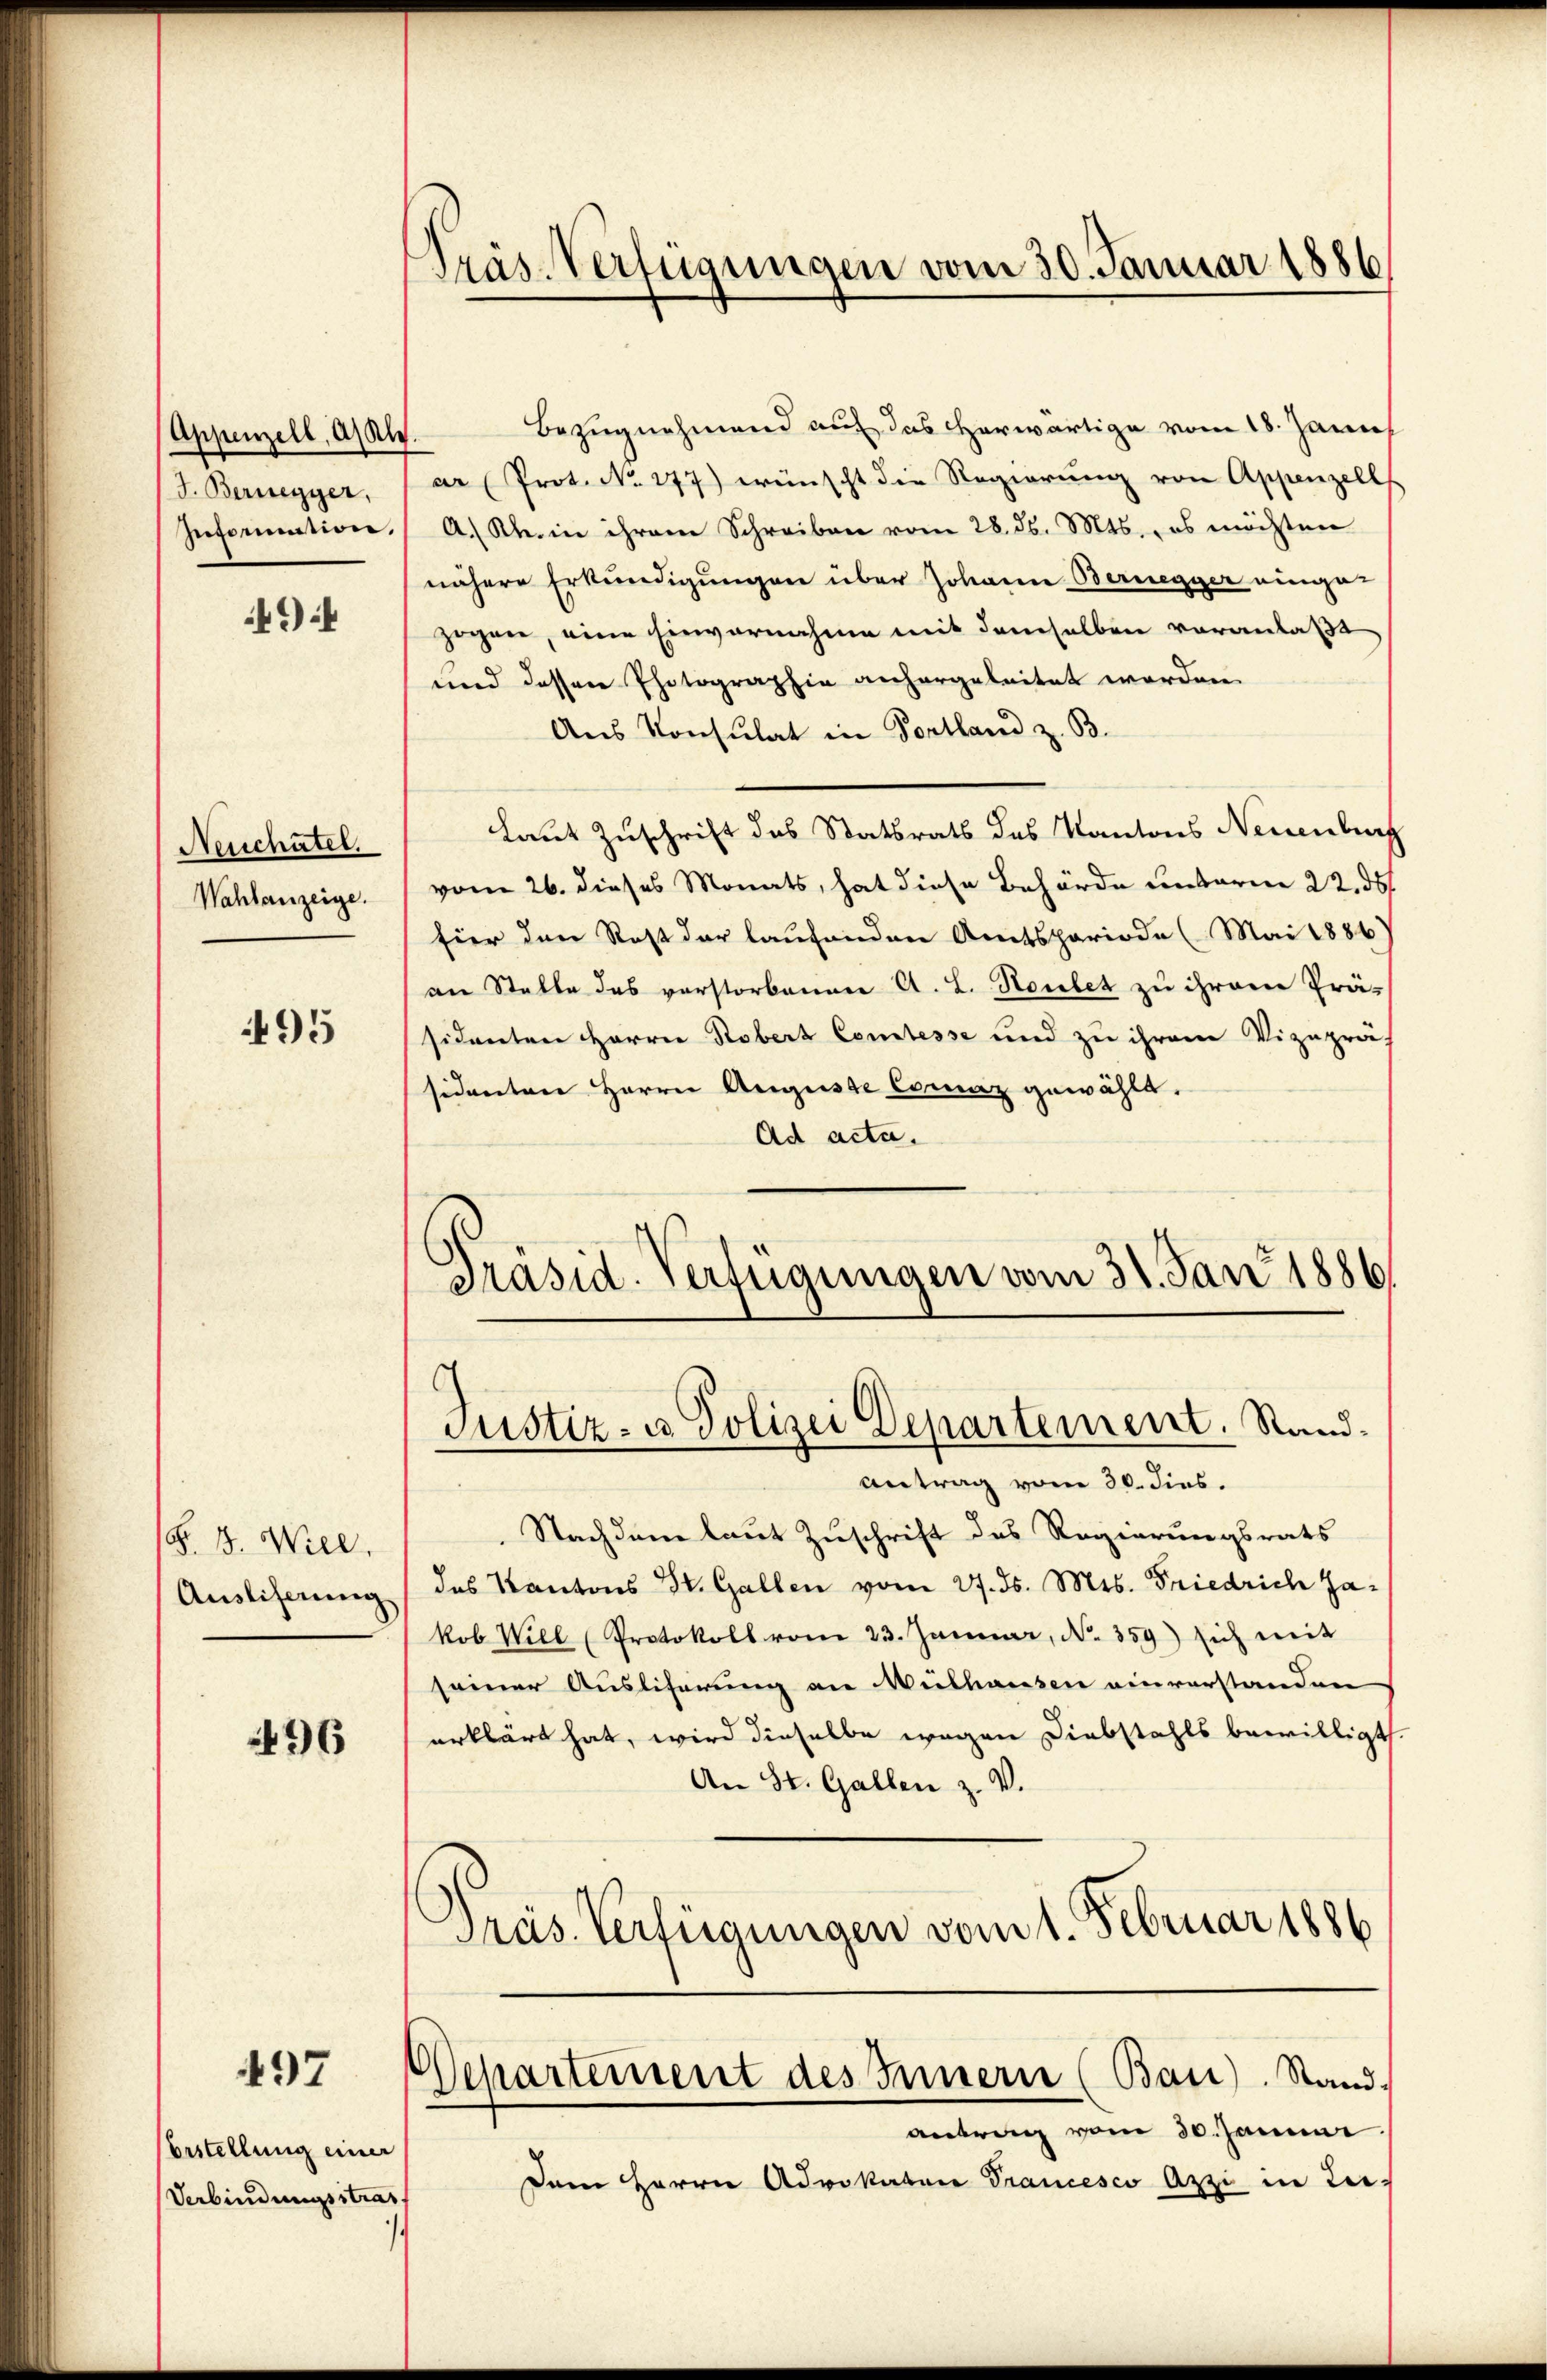
Appenzell, als als.
J. Bernegger,
Information.

494

Neichatel.
Wahlanzeige.

95

§. 3. Will
Ausliserung

496

497

bestellung einer
Verbindungsstrat

s

Präs-Verfügungen vom 30. Januar 1886

Bezugnahmend auf das herwärtige vom 18. Janis
ar (Prot. N. 277) wünscht die Regierŭng von Appenzell
A. Klein ihrem Schreiben vom 28. ds. Mts., es möchten
nähere Erkundigungen über Johann Bernegger einge-
zogen, eine Einvernahme mit demselben veranlaßt
und dessen Photographie anhergeleitet worden.
Aus Konsulat in Portland z. B.
Laut Zuschrift des Statsrats das Kantons Neuenburg
vom 26. dieses Monats, hat diese Behörde unterm 22. ds.
Eier den Rest der laufenden Amtsperiode (Mai 1886)
an Stelle des verstorbenen A. L. Staubet zu ihrem Prä-
sidenten Herrn Robert Comtesse und zu ihrem Vizepräs
sidenten Herrn Auguste Coraz gewählt.
Ad acta.
Präsid. Verfügungen vom 31. Jan 1886.
Justiz- u Polizei Departement. Stand.
Antrag vom 30. dies.
Nachdem laut Zuschrift des Regierungsrats
das Kantons St. Gallen vom 27. ds. Mts. Friedrich Gakob Will (Protokoll vom 23. Januar, No. 359) sich mit
seiner Ausliferung an Wulhausen einverstanden
erklärt hat, wird dieselbe wegen Diebstahls bewilligt.
An St. Gallen z. V.
Pras. Verfügungen vom 1. Februar 1886

Departement des Innern (Bau). Stand.
antrag vom 30. Jannne

Dem Herrn Advokaten Trancesco Azzi in Zei¬